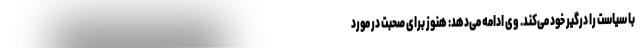
با سیاست را درگیر خود می‌کند. وی ادامه می‌دهد: هنوز برای صحبت در مورد